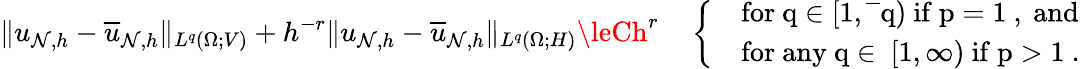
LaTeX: \| u_{\mathcal{N},h}-\overline{{u}}_{\mathcal{N},h}\| _{L^{q}(\Omega;V)}+h^{-r}\| u_{\mathcal{N},h}-\overline{{u}}_{\mathcal{N},h}\| _{L^{q}(\Omega;H)}\leCh^{r}\quad\left\{ \begin{array}{ll}&{\mathrm{for~q\in[1,\overline{~}q)~if~p=1~,~and}}\\ &{\mathrm{for~any~q\in~[1,\infty)~if~p>1~}.}\end{array}\right.